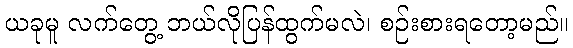
ယခုမူ လက်တွေ့ ဘယ်လိုပြန်ထွက်မလဲ၊ စဉ်းစားရတော့မည်။